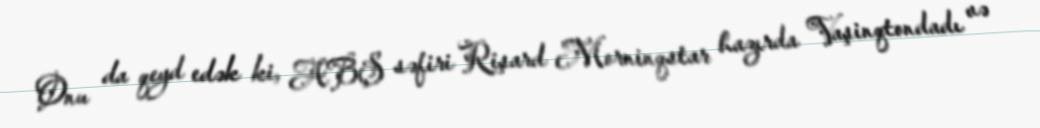
Onu da qeyd edək ki, ABŞ səfiri Rişard Morninqstar hazırda Vaşinqtondadı və